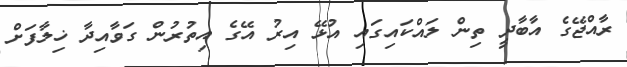
ރާއްޖޭގެ އާބާދީ ތިން ލައްކައިގައި އުޅޭ އިރު އޭގެ އިތުރުން ގަވާއިދާ ޚިލާފަށް